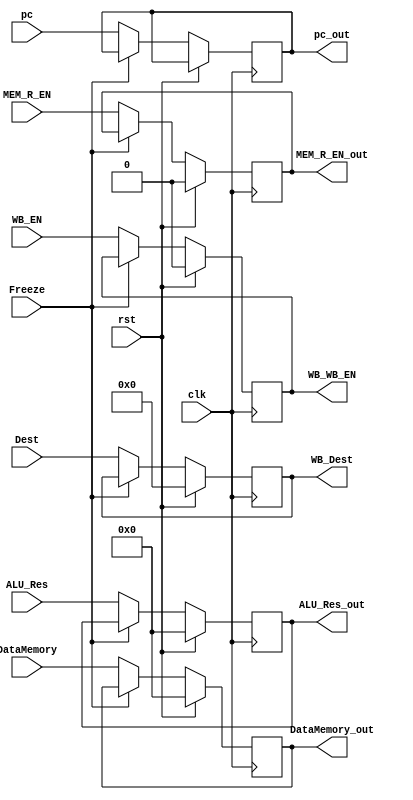
module MEM_WB
(
input clk,
input rst,
input WB_EN,
input MEM_R_EN,
input [31:0] ALU_Res,
input [31:0] DataMemory,
input [3:0] Dest,
input [31:0] pc,
input Freeze,
output reg [31:0] DataMemory_out,
output reg [31:0] ALU_Res_out,
output reg MEM_R_EN_out,
output reg WB_WB_EN,
output reg [3:0] WB_Dest,
output reg [31:0] pc_out
);

always @(posedge clk)
begin
	if (rst)
	begin
		DataMemory_out <= 32'd0;
		ALU_Res_out <= 32'd0;
		MEM_R_EN_out <= 1'b0;
		WB_WB_EN <= 1'b0;
		WB_Dest <= 4'd0;
	end
	else if (Freeze == 1'b0)
	begin
		DataMemory_out <= DataMemory;
		ALU_Res_out <= ALU_Res;
		WB_Dest <= Dest;
		MEM_R_EN_out <= MEM_R_EN;
		WB_WB_EN <= WB_EN;
		pc_out <= pc;
	end
end

endmodule